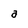
Character: a